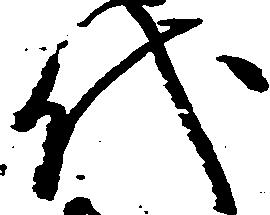
代